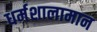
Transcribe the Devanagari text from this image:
धर्मशालामान